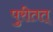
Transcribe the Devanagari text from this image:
पुरीतत्